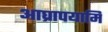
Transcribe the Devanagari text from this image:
आघ्रापयामि